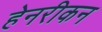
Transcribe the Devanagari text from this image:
हेनरीकन